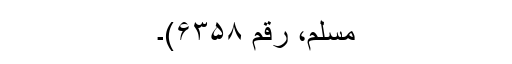
مسلم، رقم ۶۳۵۸)۔